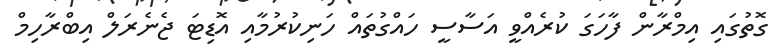
ގޮތުގައި އިމްރާން ފާހަގަ ކުރެއްވީ އަސާސީ ހައްގުތައް ހަނިކުރުމާއި އޮޑިޓަ ޖެނެރަލް އިބްރާހިމް